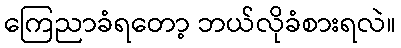
ကြေညာခံရတော့ ဘယ်လိုခံစားရလဲ။